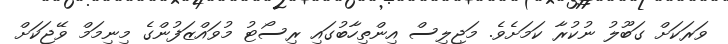
ވަރަކަށް ގަބޫލު ނުކުރާ ކަމަށެވެ. މަޖިލިސް އިންތިހާބުގައި ރިސޯޓު މުވައްޒަފުންގެ މިނިމަމް ވޭޖަކަށް